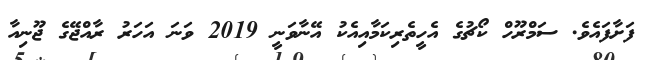
ފަށާފައެވެ. ސަމްރޫހް ކޯޗުގެ އެހީތެރިކަމާއިއެކު އޭނާވަނީ 2019 ވަނަ އަހަރު ރާއްޖޭގެ ޖޫނިއާ